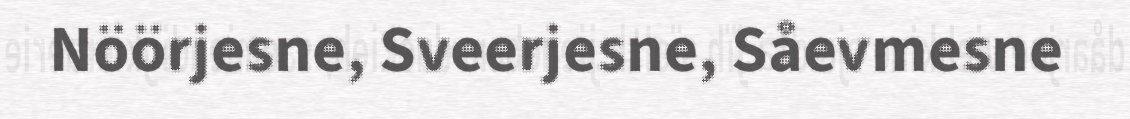
Nöörjesne, Sveerjesne, Såevmesne